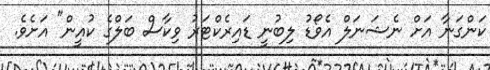
ކަންގަނާ އަށް ނެޝަނަލް އެވޯޑު ލިބުނީ ޑައިރެކްޓަރު ވިކާސް ބަލްގެ ކުއީން" އަށެވެ.